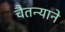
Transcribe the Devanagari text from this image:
चैतन्याने